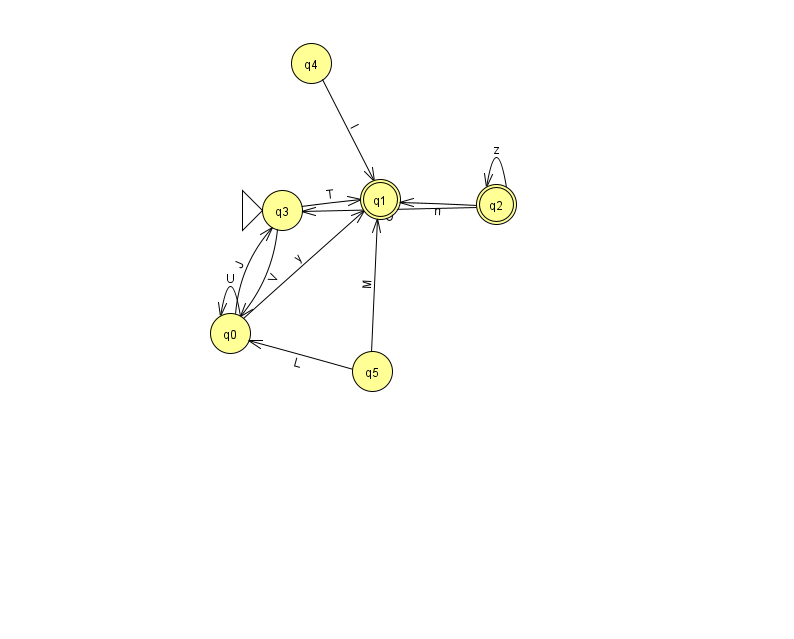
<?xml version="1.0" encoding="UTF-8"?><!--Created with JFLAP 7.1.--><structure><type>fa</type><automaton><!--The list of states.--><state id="0" name="q0"><x>230.0</x><y>320.0</y></state><state id="1" name="q1"><x>380.0</x><y>186.0</y><final/></state><state id="2" name="q2"><x>496.0</x><y>191.0</y><final/></state><state id="3" name="q3"><x>282.0</x><y>197.0</y><initial/></state><state id="4" name="q4"><x>311.0</x><y>50.0</y></state><state id="5" name="q5"><x>372.0</x><y>358.0</y></state><!--The list of transitions.--><transition><from>4</from><to>1</to><read>I</read></transition><transition><from>0</from><to>3</to><read>J</read></transition><transition><from>0</from><to>0</to><read>U</read></transition><transition><from>2</from><to>3</to><read>O</read></transition><transition><from>3</from><to>1</to><read>T</read></transition><transition><from>2</from><to>1</to><read>n</read></transition><transition><from>2</from><to>2</to><read>z</read></transition><transition><from>5</from><to>1</to><read>M</read></transition><transition><from>3</from><to>0</to><read>V</read></transition><transition><from>5</from><to>0</to><read>L</read></transition><transition><from>0</from><to>1</to><read>y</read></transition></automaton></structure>